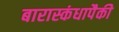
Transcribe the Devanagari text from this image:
बारास्कंधापैकी